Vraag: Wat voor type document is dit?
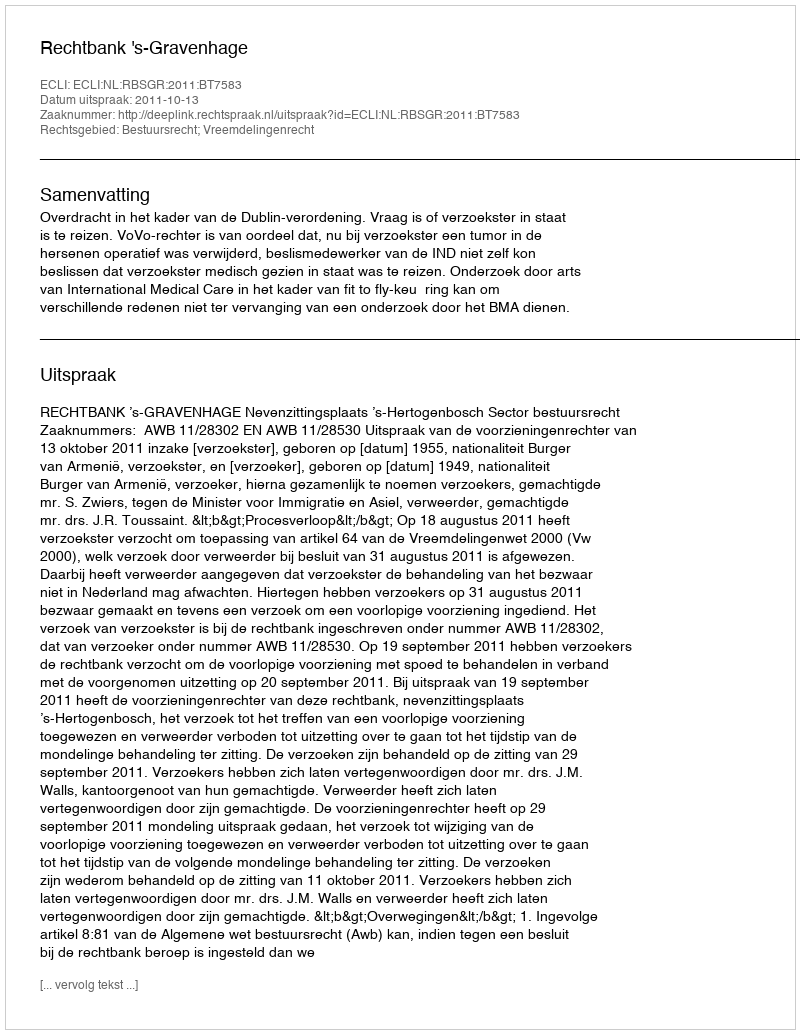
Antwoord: Uitspraak